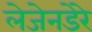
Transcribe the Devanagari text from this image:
लेजेनडेरे